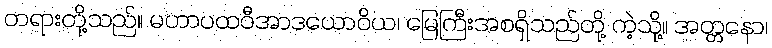
တရားတို့သည်။ မဟာပထဝီအာဒယောဝိယ၊ မြေကြီးအစရှိသည်တို့ ကဲ့သို့။ အတ္တနော၊